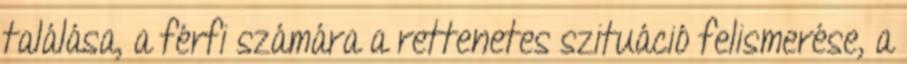
találása, a férfi számára a rettenetes szituáció felismerése, a